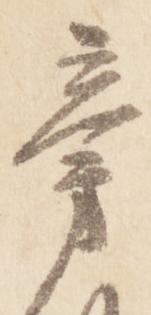
旁